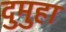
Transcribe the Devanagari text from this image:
दुमुहा